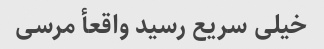
خیلی سریع رسید واقعأ مرسی